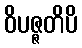
ဝိပဇ္ဇတိပိ